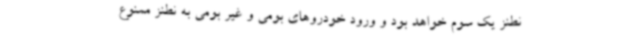
نطنز یک سوم خواهد بود و ورود خودروهای بومی و غیر بومی به نطنز ممنوع